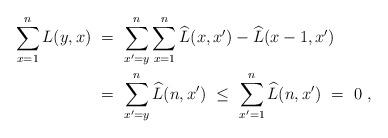
LaTeX: \begin{align*} \sum_{x =1}^n L(y,x)\ &=\ \sum_{x'=y}^n \sum_{x=1}^n \widehat L(x,x') - \widehat L(x-1,x')\\ &=\ \sum_{x'=y}^n \widehat L(n, x')\ \leq\ \sum_{x'=1}^n \widehat L(n,x')\ =\ 0\ ,\end{align*}